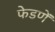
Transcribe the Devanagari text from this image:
फेडणें